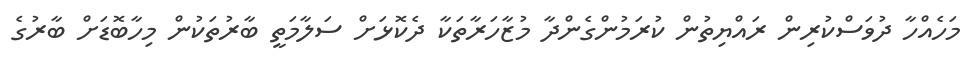
މަހެއްހާ ދުވަސްކުރިން ރައްޔިތުން ކުރަމުންގެންދާ މުޒާހަރާތަކާ ދެކޮޅަށް ސަލާމަތީ ބާރުތަކުން މިހާބޮޑަށް ބާރުގެ